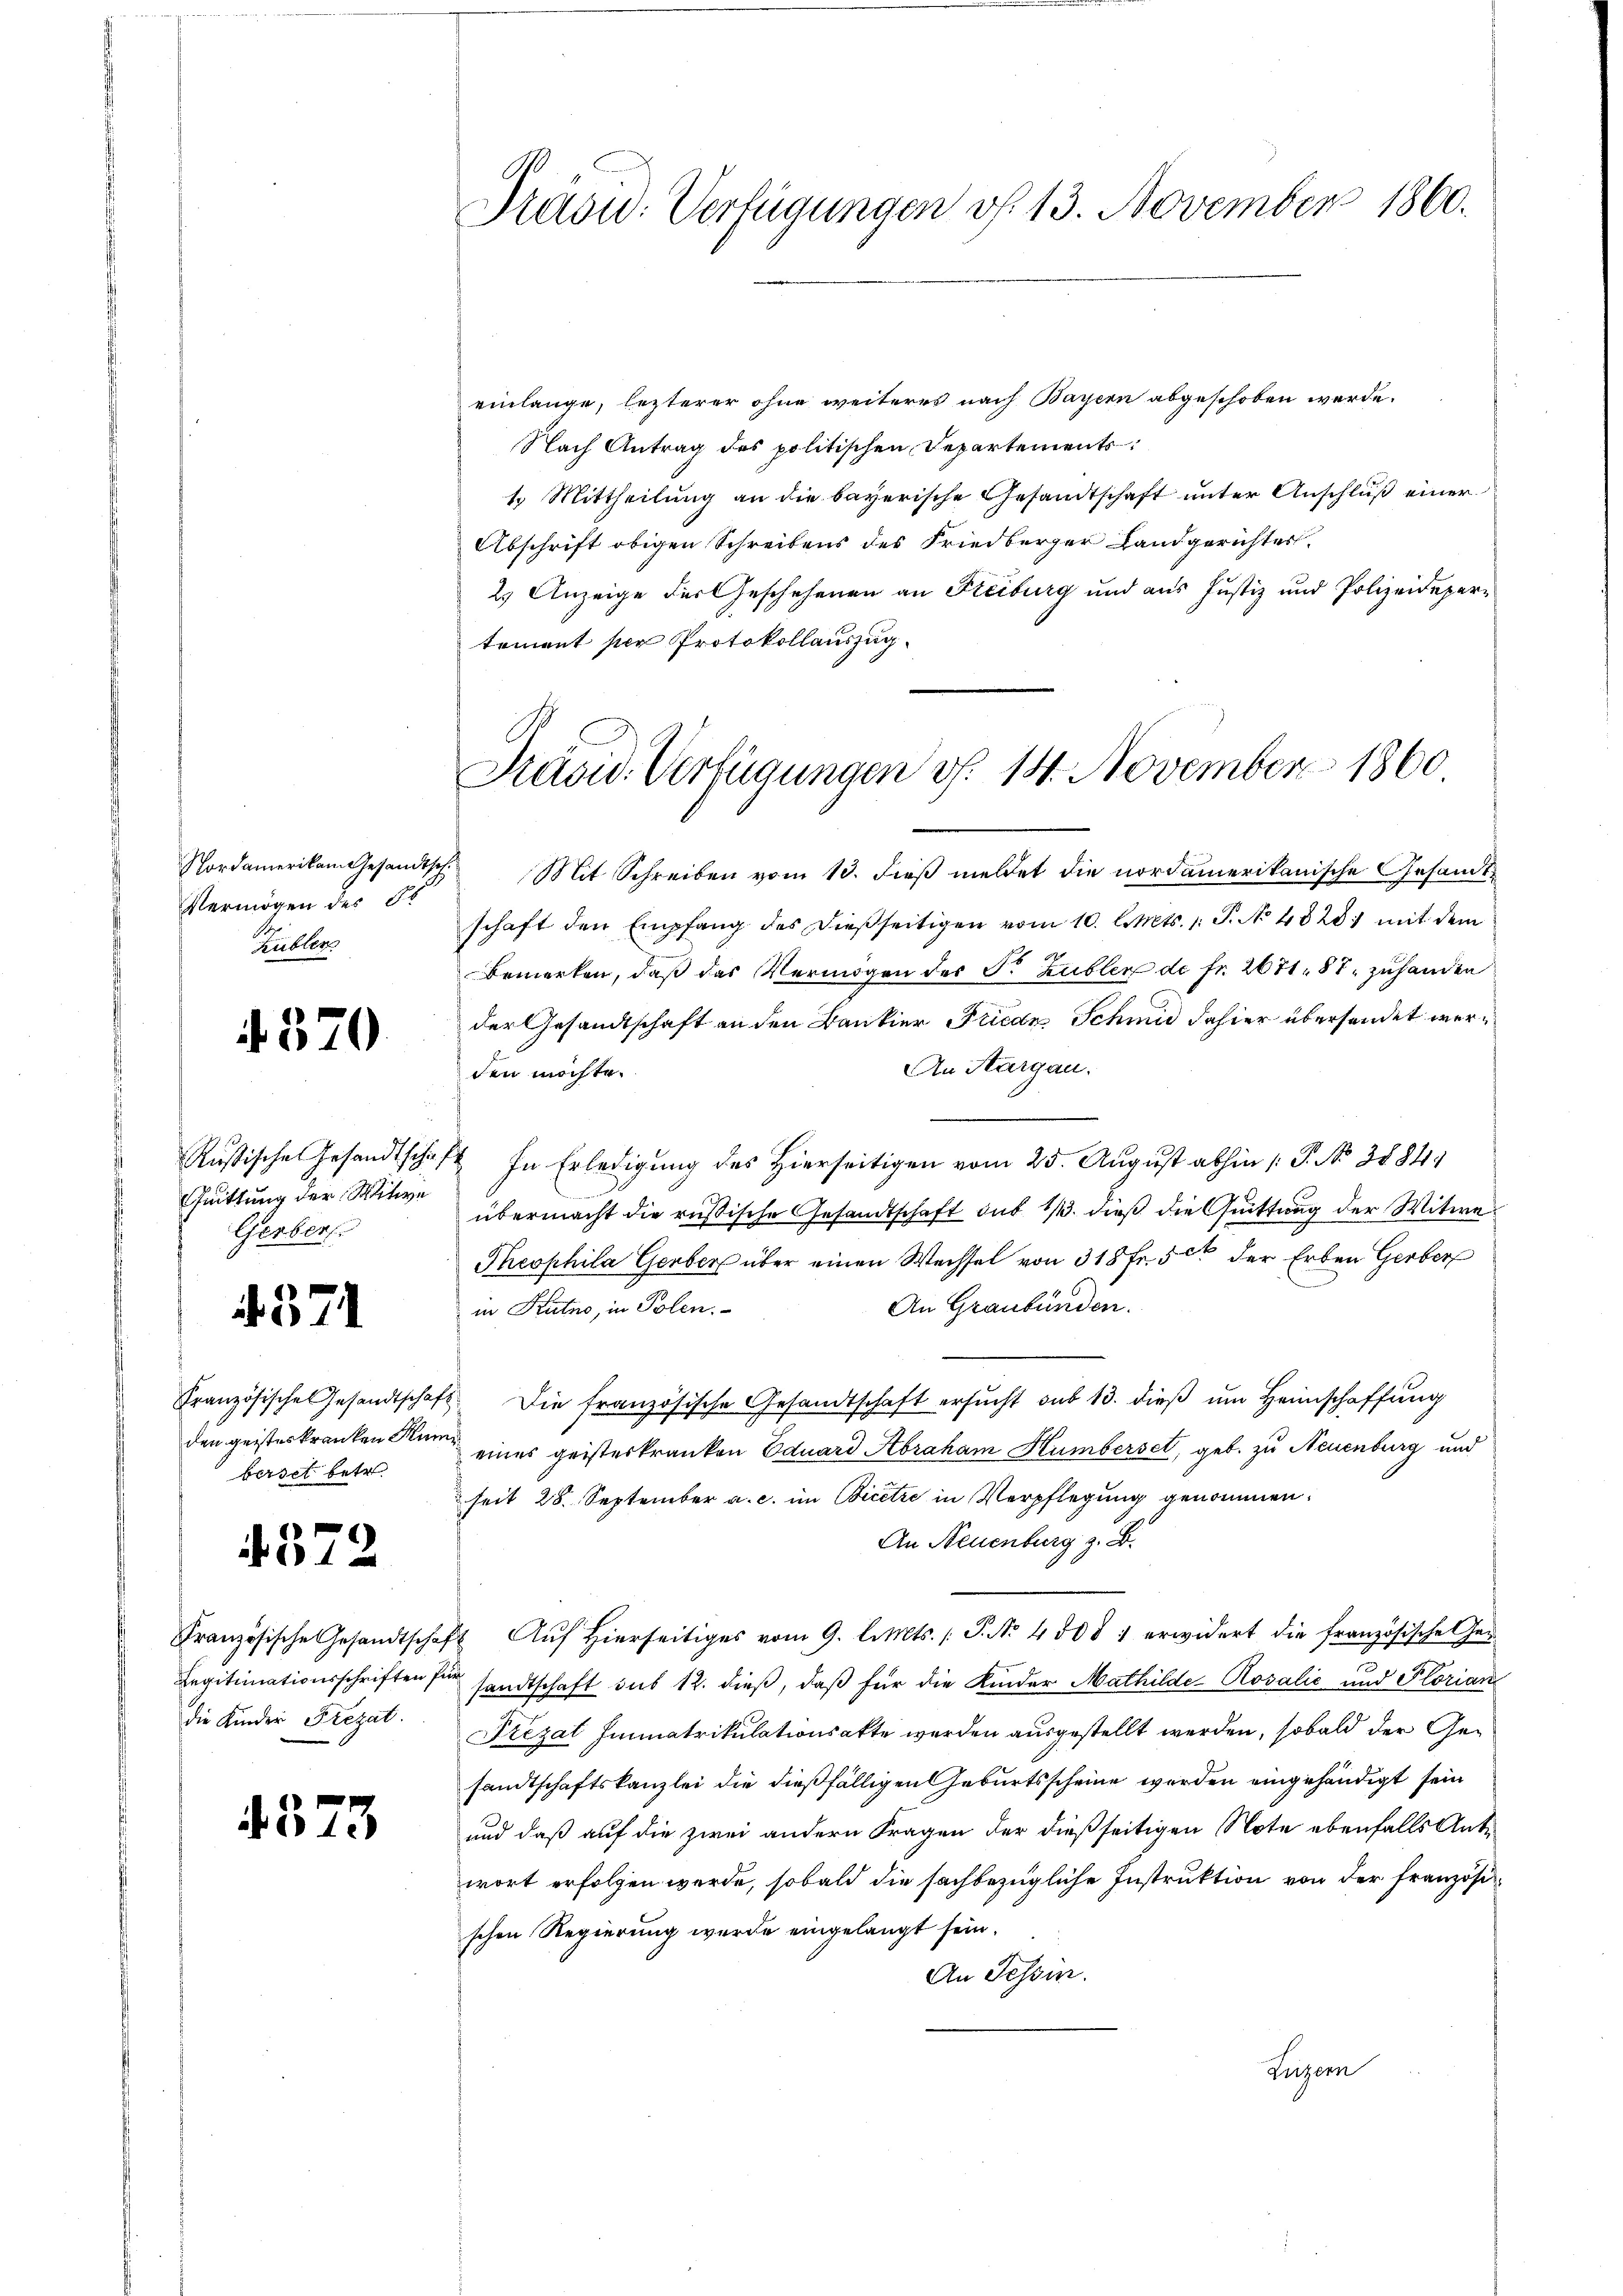
Vermögen des St
Kübler

370

einlange, lezterer ohne weiteres nach Bayern abgeschoben werde.
Nach Antrag des politischen Departements
1.) Mittheilung an die bayerische Gesandtschaft unter Anschluß einer
Abschrift obigen Schreibens des Friedberger Landgerichter,
2.) Anzeige der Geschehenen an Steiburg und aus Justiz und Polizeidepertement per Protokollauszug.

Quittung der Witwe
Gerber

371

Französische Gesandtscha
den geisteskranken Mi
berset betr.

4372

Französische Gesandtscha
Legitimationsschriften
die Kinder Frezat.

4573

Präsu: Verfügungen v. 13. November 1860.

Prävid. Verfügungen d. 14. November 1860.

Nordamerikam Gesandtsch. Mit Schreiben vom 13. dieß meldet die nordamerikanische Gesandtschaft den Empfang des dießseitigen vom 10. l. Mts. 1. P. No 4828) mit dem
Bemerken, daß das Vermögen des F. Zubler de fr. 2671. 87 zuhanden
der Gesandtschaft an den Bankier Friede Schmid dahier übersendet wer¬
An Aargau.
den möchte.
Rußische Gesandtschaft In Erledigung des Hierseitigen vom 25. August abhin /: P. No 2884/
übermacht die russische Gesandtschaft sub 1. dieß die Quittung der Witwe
Theophila Gerber über einen Wechsel von 318 Fr. 5 t der Erben Gerber
An Graubünden.
in Kutno, in Polen.
fs. Die französische Gesandtschaft ersucht sub 13. dieß um Heimschaffung
2
eines geisterkranken Eduard Abraham Humberset, geb. zu Neuenburg und
seit 28. September a. c. im Bicetze in Verpflegung genommen.
An Neuenburg z. B.
 Auf Hierseitiges vom 9. l. Mts. (T. No. 4508 : erwidert die französische ei¬
 sandtschaft sub 12. dieß, daß für die Kinder Mathilde-Rovalić und Florian
Frezat Immatrikulationsakte werden ausgestellt werden, sobald der Gesandtschaftskanzlei die dießfälligen Geburtsscheine werden eingehändigt sein
und daß auf die zwei andern Fragen der dießseitigen Note ebenfalls Antr
wort erfolgen werde, sobald die sachbezügliche Instruktion von der französi
schen Regierung wurde eingelangt sein.
An Tessin.
Luzern